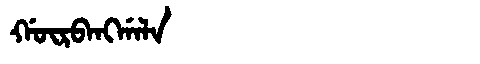
Manchu: ᡤᡡᡵᠪᠠᠩᡤᠠᠯᠠ
Romanization: GŪRBANGGALA